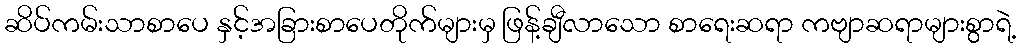
ဆိပ်ကမ်းသာစာပေ နှင့်အခြားစာပေတိုက်များမှ ဖြန့်ချီလာသော စာရေးဆရာ ကဗျာဆရာများစွာရဲ့